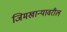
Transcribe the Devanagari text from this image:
जिमखान्यावरील